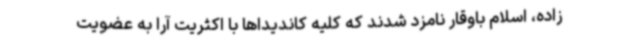
زاده، اسلام باوقار نامزد شدند که کلیه کاندیداها با اکثریت آرا به عضویت